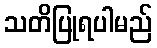
သတိပြုရပါမည်